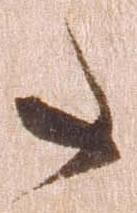
た